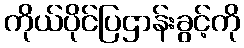
ကိုယ်ပိုင်ပြဌာန်းခွင့်ကို